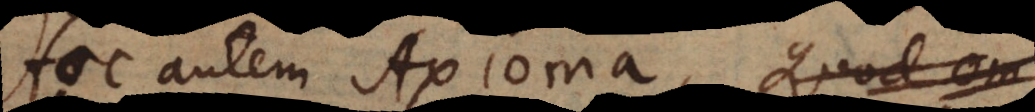
Hoc autem Axioma, Qu